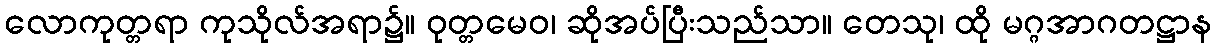
လောကုတ္တရာ ကုသိုလ်အရာ၌။ ဝုတ္တမေဝ၊ ဆိုအပ်ပြီးသည်သာ။ တေသု၊ ထို မဂ္ဂအာဂတဋ္ဌာန